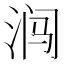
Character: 𰛩